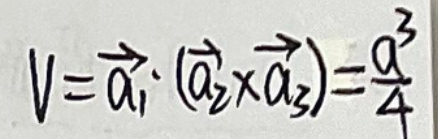
$V = \vec{a}_{1} \cdot ( \vec{a}_{2} \times \vec{a}_{3} ) = \frac{a^{3}}{4}$